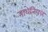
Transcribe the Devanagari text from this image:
नाथेनियल